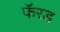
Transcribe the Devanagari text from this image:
फॅरड